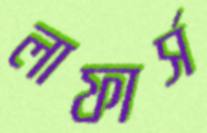
লাফার্স